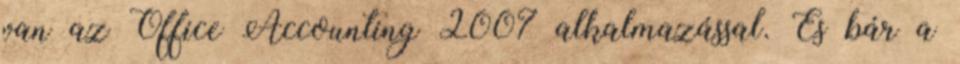
van az Office Accounting 2007 alkalmazással. És bár a